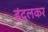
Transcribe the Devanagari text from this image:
इंदलकर